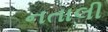
નતાલી